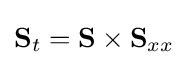
\mathbf {S} _{t}=\mathbf {S} \times \mathbf {S} _{xx}